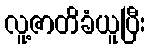
လူ့ဇာတိခံယူပြီး